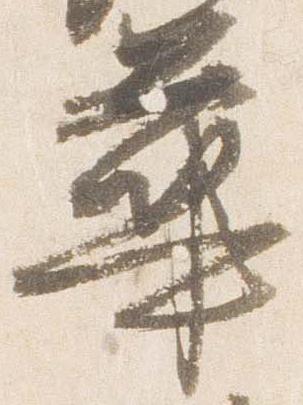
華